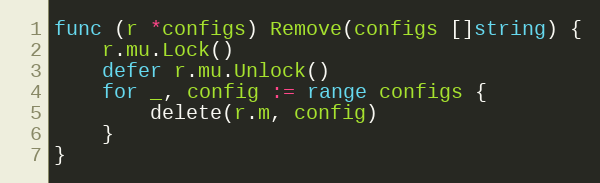
Language: Go
func (r *configs) Remove(configs []string) {
	r.mu.Lock()
	defer r.mu.Unlock()
	for _, config := range configs {
		delete(r.m, config)
	}
}